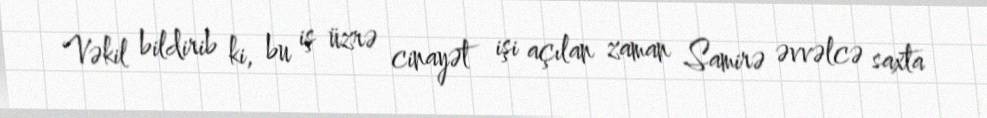
Vəkil bildirib ki, bu iş üzrə cinayət işi açılan zaman Samirə əvvəlcə saxta